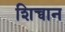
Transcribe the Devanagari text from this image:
शिच्वान